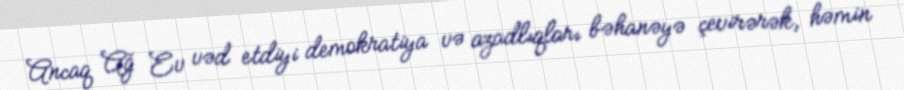
Ancaq Ağ Ev vəd etdiyi demokratiya və azadlıqları bəhanəyə çevirərək, həmin